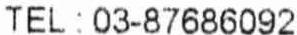
TEL : 03-87686092